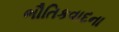
ભૌતિકવાદના